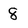
Character: 8